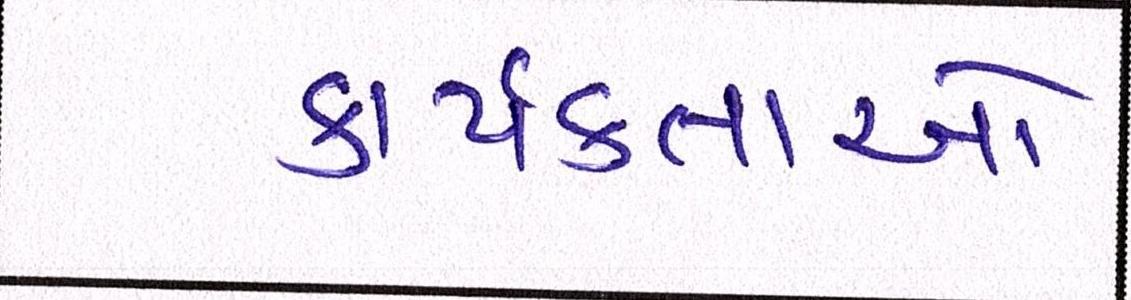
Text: કાર્યકતાર્આે